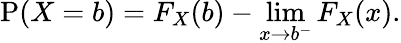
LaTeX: \operatorname{P}(X=b)=F_{X}(b)-\operatorname*{lim}_{x\to b^{-}}F_{X}(x).